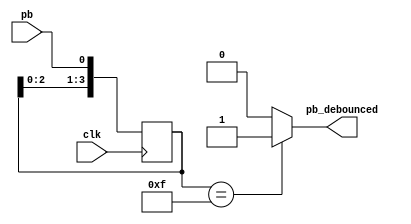
module debounce(pb_debounced,pb,clk);
input pb;
input clk;
output pb_debounced;
reg [3:0]shift_reg;
always@(posedge clk)begin
    shift_reg[3:1] <= shift_reg[2:0];
    shift_reg[0] <= pb;
end
assign pb_debounced = (shift_reg == 4'b1111)? 1'b1:1'b0;
endmodule

module one_pulse(push_onepulse,rst,clk,push_debounced);
input rst,clk,push_debounced;
output push_onepulse;
reg push_onepulse;
reg push_onepulse_next;
reg push_debounced_delay;
always @(*) begin
    push_onepulse_next = push_debounced & ~push_debounced_delay;
end
always @(posedge clk or posedge rst)begin
    if (rst) begin
        push_onepulse <= 1'b0;
        push_debounced_delay <= 1'b0;
    end 
    else begin
        push_onepulse <= push_onepulse_next;
        push_debounced_delay <=push_debounced;
    end
end
endmodule